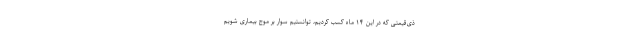
ذی‌قیمتی که در این ۱۴ ماه کسب کردیم، توانستیم سوار بر موج بیماری شویم